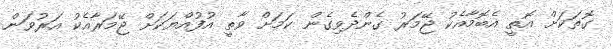
ގޮތަކަށް އޮތީ އެބޮމާއެކު ޖޭމަރު ގެންދެވިގެން ކަމަށް ވާތީ އުފުއްޔަކަށް ޖޭމަރާއެކު އަރުވަން